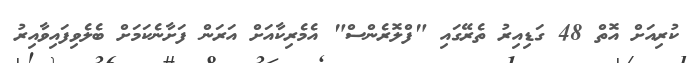
ކުރިއަށް އޮތް 48 ގަޑިއިރު ތެރޭގައި "ފްލޮރެންސް" އެމެރިކާއަށް އަރަން ފަށާނެކަމަށް ބެލެވިފައިވާއިރު